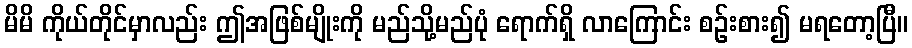
မိမိ ကိုယ်တိုင်မှာလည်း ဤအဖြစ်မျိုးကို မည်သို့မည်ပုံ ရောက်ရှိ လာကြောင်း စဉ်းစား၍ မရတော့ပြီ။